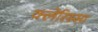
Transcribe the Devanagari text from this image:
क्लेरिस्सा